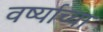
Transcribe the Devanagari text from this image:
वर्ष्याच्या